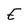
Character: E